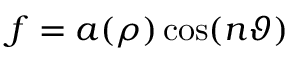
f = a ( \rho ) \cos ( n \vartheta )